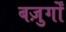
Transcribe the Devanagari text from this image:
बज़ुर्गों